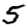
Digit: 5